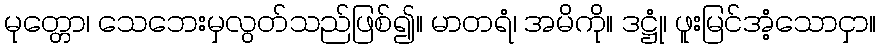
မုတ္တော၊ သေဘေးမှလွတ်သည်ဖြစ်၍။ မာတရံ၊ အမိကို။ ဒဋ္ဌုံ၊ ဖူးမြင်အံ့သောငှာ။